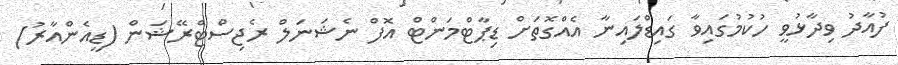
ފުއާދު ވިދާޅުވީ ހުކުމުގައިވާ ގައިޑްލައިނާ އެއްގޮތަށް ޑިޕާޓްމަންޓް އޮފް ނެޝަނަލް ރެޖިސްޓްރޭޝަން (ޑީއެންއާރު)